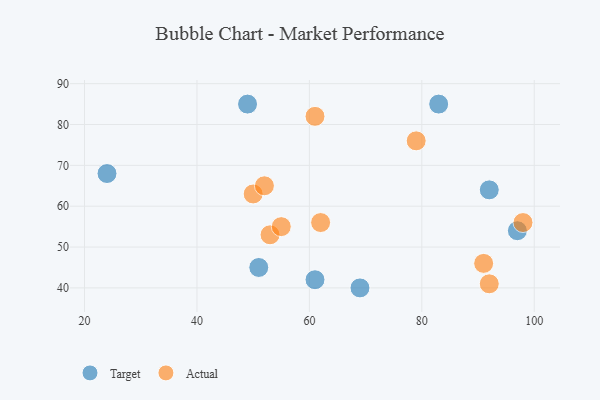
{"axis": {"x": "GDP", "y": "Life Expectancy"}, "legend": ["Actual", "Target"], "data": [{"x": "61", "y": 42, "type": "Target"}, {"x": "69", "y": 40, "type": "Target"}, {"x": "24", "y": 68, "type": "Target"}, {"x": "92", "y": 64, "type": "Target"}, {"x": "83", "y": 85, "type": "Target"}, {"x": "97", "y": 54, "type": "Target"}, {"x": "51", "y": 45, "type": "Target"}, {"x": "49", "y": 85, "type": "Target"}, {"x": "92", "y": 41, "type": "Actual"}, {"x": "53", "y": 53, "type": "Actual"}, {"x": "61", "y": 82, "type": "Actual"}, {"x": "50", "y": 63, "type": "Actual"}, {"x": "91", "y": 46, "type": "Actual"}, {"x": "98", "y": 56, "type": "Actual"}, {"x": "79", "y": 76, "type": "Actual"}, {"x": "62", "y": 56, "type": "Actual"}, {"x": "52", "y": 65, "type": "Actual"}, {"x": "55", "y": 55, "type": "Actual"}]}